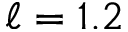
\ell = 1 . 2